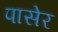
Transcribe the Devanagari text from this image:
पासेर